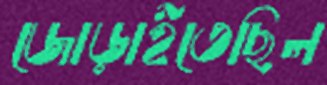
জোড়াইতেছিল